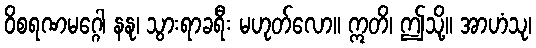
ဝိစရဏမဂ္ဂေါ နနု၊ သွားရာခရီး မဟုတ်လော။ ဣတိ၊ ဤသို့။ အာဟံသု၊